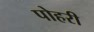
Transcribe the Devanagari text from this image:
पोहरी